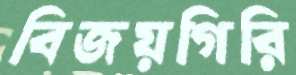
বিজয়গিরি